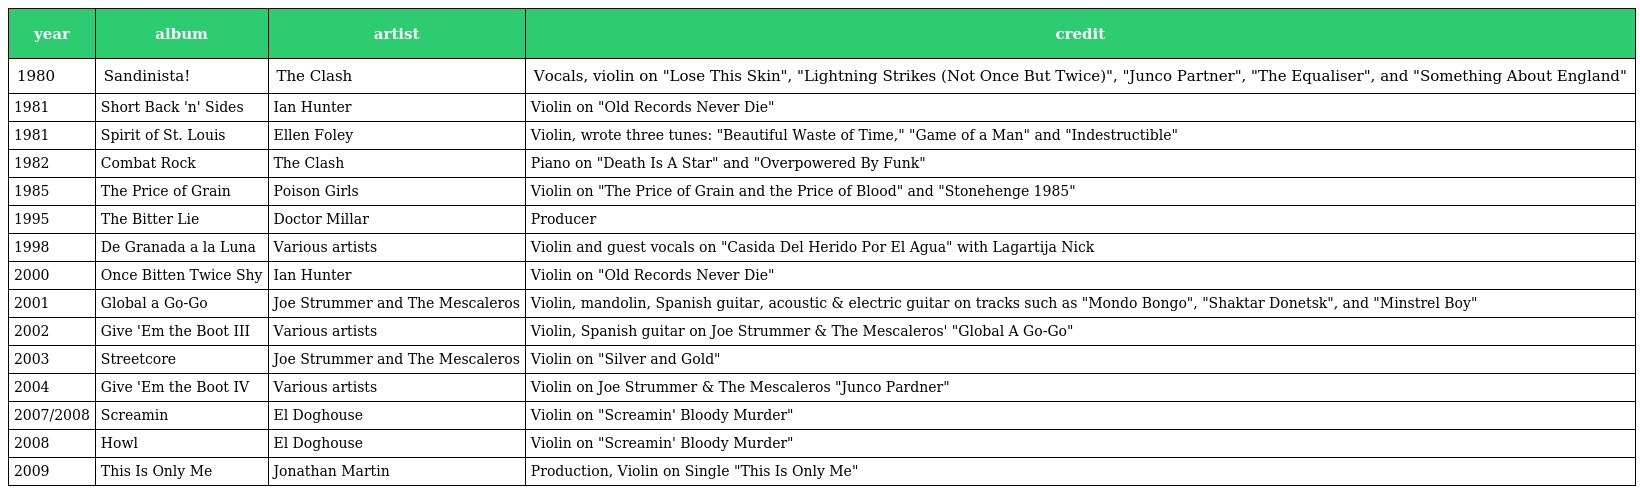
| year | album | artist | credit |
 | --- | --- | --- | --- |
 | 1980 | Sandinista! | The Clash | Vocals, violin on "Lose This Skin", "Lightning Strikes (Not Once But Twice)", "Junco Partner", "The Equaliser", and "Something About England" |
 | 1981 | Short Back 'n' Sides | Ian Hunter | Violin on "Old Records Never Die" |
 | 1981 | Spirit of St. Louis | Ellen Foley | Violin, wrote three tunes: "Beautiful Waste of Time," "Game of a Man" and "Indestructible" |
 | 1982 | Combat Rock | The Clash | Piano on "Death Is A Star" and "Overpowered By Funk" |
 | 1985 | The Price of Grain | Poison Girls | Violin on "The Price of Grain and the Price of Blood" and "Stonehenge 1985" |
 | 1995 | The Bitter Lie | Doctor Millar | Producer |
 | 1998 | De Granada a la Luna | Various artists | Violin and guest vocals on "Casida Del Herido Por El Agua" with Lagartija Nick |
 | 2000 | Once Bitten Twice Shy | Ian Hunter | Violin on "Old Records Never Die" |
 | 2001 | Global a Go-Go | Joe Strummer and The Mescaleros | Violin, mandolin, Spanish guitar, acoustic & electric guitar on tracks such as "Mondo Bongo", "Shaktar Donetsk", and "Minstrel Boy" |
 | 2002 | Give 'Em the Boot III | Various artists | Violin, Spanish guitar on Joe Strummer & The Mescaleros' "Global A Go-Go" |
 | 2003 | Streetcore | Joe Strummer and The Mescaleros | Violin on "Silver and Gold" |
 | 2004 | Give 'Em the Boot IV | Various artists | Violin on Joe Strummer & The Mescaleros "Junco Pardner" |
 | 2007/2008 | Screamin | El Doghouse | Violin on "Screamin' Bloody Murder" |
 | 2008 | Howl | El Doghouse | Violin on "Screamin' Bloody Murder" |
 | 2009 | This Is Only Me | Jonathan Martin | Production, Violin on Single "This Is Only Me" |